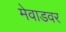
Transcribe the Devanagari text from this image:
मेवाडवर